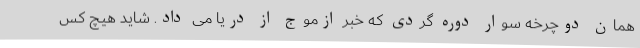
همان دوچرخه سوار دوره گردی که خبر ازموج از دریا می داد. شاید هیچ کس